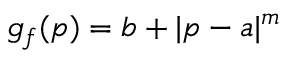
g _ { f } ( p ) = b + | p - a | ^ { m }